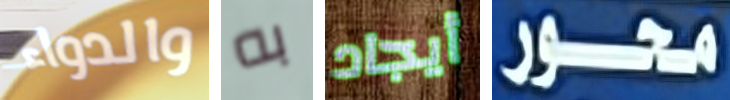
والدواء به أيجاد محور